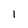
Character: 1